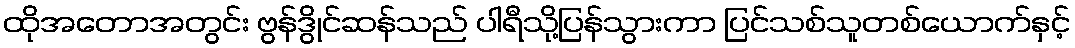
ထိုအတောအတွင်း ဗွန်ဒွိုင်ဆန်သည် ပါရီသို့ပြန်သွားကာ ပြင်သစ်သူတစ်ယောက်နှင့်